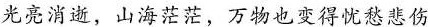
光亮消逝，山海茫茫，万物也变得忧悲伤